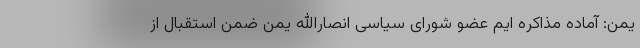
یمن: آماده مذاکره ایم عضو شورای سیاسی انصارالله یمن ضمن استقبال از